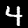
Label: 4